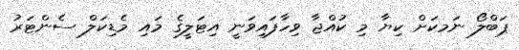
ޕަބްލޯ ނަމކަށް ކިޔާ މި ކުއްޖާ ވިހާފައިވަނީ އިޓަލީގެ މައި މެޑިކަލް ސެންޓަރު